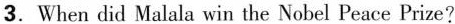
3.When did Malala win the Nobel Peace Prize?